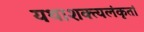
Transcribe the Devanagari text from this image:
यथाशक्त्यलंकृतां